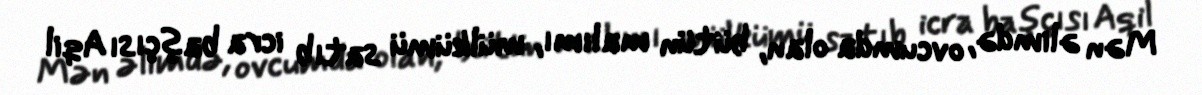
Mən əlimdə, ovcumda olan, bütün malımı, mülkümü satıb icra başçısı Aqil